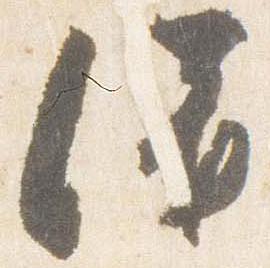
灌